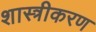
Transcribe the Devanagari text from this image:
शास्त्रीकरण